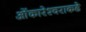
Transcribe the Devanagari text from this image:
ओंकारेश्वराकडे